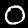
Digit: 0